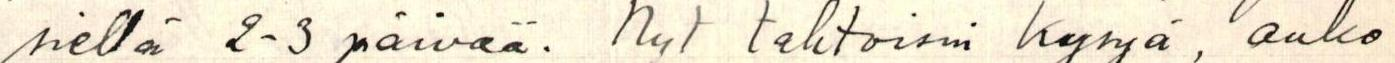
siellä 2-3 päivää. Nyt tahtoisin kysyä, onko